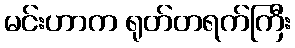
မင်းဟာက ရုတ်တရက်ကြီး